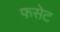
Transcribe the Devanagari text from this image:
फसेट